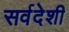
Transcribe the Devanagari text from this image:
सर्वदेशी